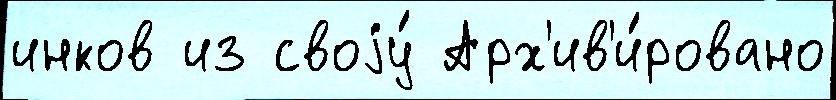
инков из своjу́ Арх'ив'и́ровано